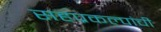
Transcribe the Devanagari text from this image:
सहप्रकल्पांची